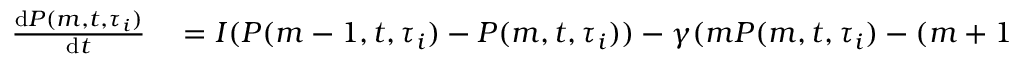
\begin{array} { r l } { \frac { \mathrm { d } P ( m , t , \tau _ { i } ) } { \mathrm { d } t } } & { { } = I ( P ( m - 1 , t , \tau _ { i } ) - P ( m , t , \tau _ { i } ) ) - \gamma ( m P ( m , t , \tau _ { i } ) - ( m + 1 ) P ( m + 1 , t , \tau _ { i } ) ) } \end{array}